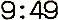
9:49